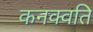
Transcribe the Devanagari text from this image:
कनक्वति